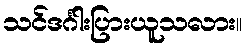
သင်ဒင်္ဂါးပြားယူသလား။